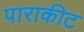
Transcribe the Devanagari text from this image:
पाराकीट